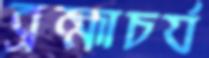
ব্রহ্মাচর্য